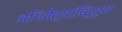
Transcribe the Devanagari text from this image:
अभिनेत्यांविरुद्ध